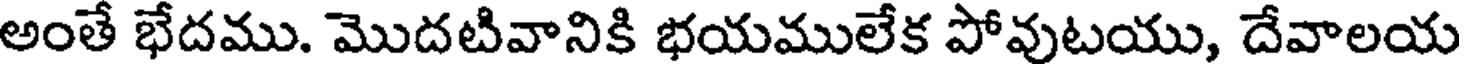
అంతే భేదము. మొదటివానికి భయములేక పోవుటయు, దేవాలయ